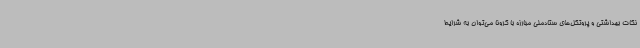
نکات بهداشتی و پروتکل‌های ستادملی مبارزه با کرونا می‌توان به شرایط